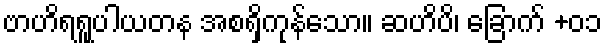
ဗာဟိရရူပါယတန အစရှိကုန်သော။ ဆဟိပိ၊ ခြောက် +၀၁